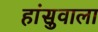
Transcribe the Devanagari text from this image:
हांसुवाला